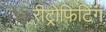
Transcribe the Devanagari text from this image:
रीट्रोफिटिंग